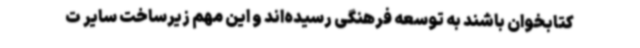
کتابخوان باشند به توسعه فرهنگی رسیده‌اند و این مهم زیرساخت سایر ت